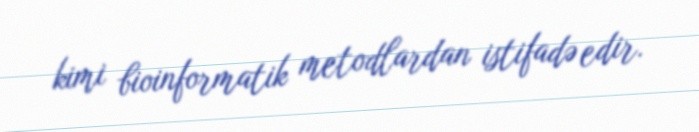
kimi bioinformatik metodlardan istifadə edir.